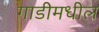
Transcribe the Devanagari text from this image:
गाडीमधील